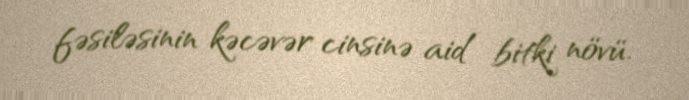
fəsiləsinin kəcəvər cinsinə aid bitki növü.